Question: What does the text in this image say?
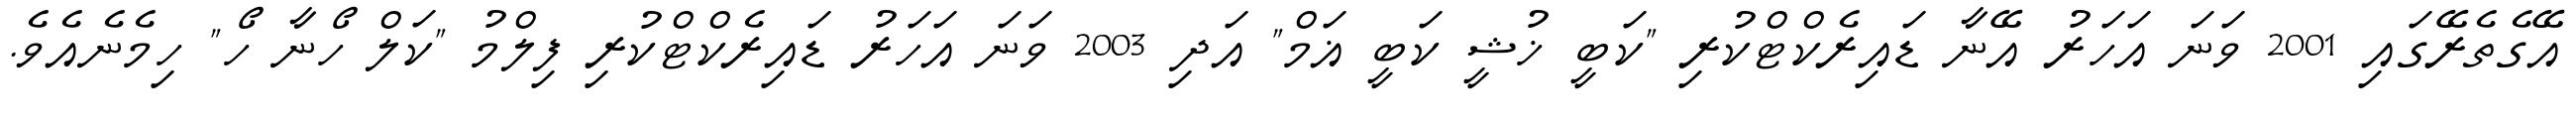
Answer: އޭގެތެރޭގައި 2001 ވަނަ އަހަރު އޭނާ ޑައިރެކްޓްކުރި "ކަބީ ޚުޝީ ކަބީ ޣަމް" އަދި 2003 ވަނަ އަހަރު ޑައިރެކްޓްކުރި ފިލްމު "ކަލް ހޯނާ ހޯ" ހިމެނެއެވެ.